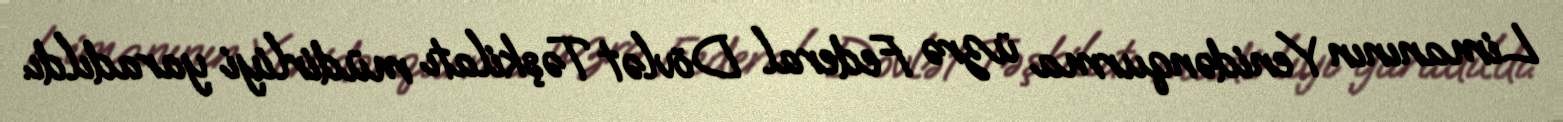
Limanının Yenidənqurma üzrə Federal Dövlət Təşkilatı müdirliyi yaradıldı.